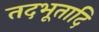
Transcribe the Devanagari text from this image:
तदभूतादि